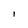
Character: 1